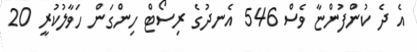
އެ ދެ ކުންފުންޏާ ވެސް 546 އެނދުގެ ރިސޯޓް ހިންގަން ހަވާލުކުރީ 20